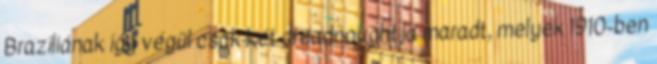
Brazíliának így végül csak két dreadnoughtja maradt, melyek 1910-ben